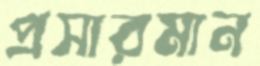
প্রসারমান